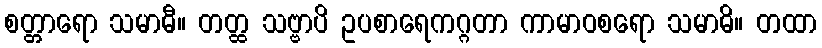
စတ္တာရော သမာဓီ။ တတ္ထ သဗ္ဗာပိ ဥပစာရေကဂ္ဂတာ ကာမာဝစရော သမာဓိ။ တထာ